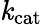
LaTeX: \mathit{k}_{\mathrm{{{cat}}}}